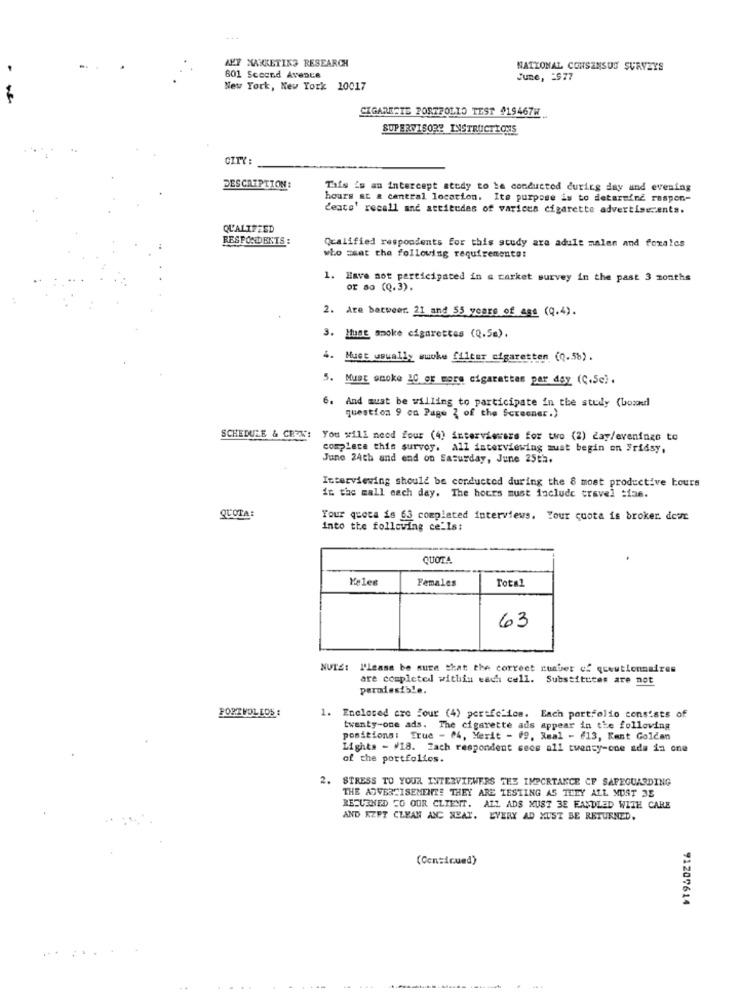
ALT MARKETING RESEARCH
.
NATIONAL CONSENSUS SURVEYS
601 Scecnd Avenue
June, 2977
New York, New York 10017
CIGARETTE PORTFOLIO TEST 419467H
SUPERVISORE INSTRUCTIONS
CITY:
DESCRIPTION:
Tais is an intercept study to be conducted during day and evening
hours at a central location. Its purpose is to determine respon-
¿eats' recall and attitudes of varices cigarette advertisecents.
QU'ALIFTED
RESPONDENTS:
Qualified respondents for this study are adult malen and forales
who saat the following requirements:
1. Have not participated in a carket survey in the past 3 months
or so (Q.3).
2. Are batweer. 21 and 55 years of ess (Q.4).
3. Hume smoke cigarettes (Q.5m).
4.
Must usually wwwhe filter cigaretten (0.5%).
5. Must smoke 20 or more cigarettes per day (C.5c).
6. And must be willing to participate in the study (Losedl
question 9 on Page { of the Screener.)
SCHEDULE & CRVX: You will need four (4) interviewers for two (2) day/evenings to
complete this survey. all interviewing must begin on Fridsy,
June 24th and end on Saturday, June 25th.
Interviewing should be conducted during the 8 most productive tours
in the mall each day. The hours must include travel tiae.
QUOTA:
Your quota is 63 completed interviews. Your cuota is broker. deur
into the following ce_Ist
QUOTA
Keles
Females
Total
63
NUTZ: l'lease be sure that the correct number of questionnaires
are completed within each cell. Substitutes are not
perodesible.
PORTVOL LOS :
. Enclosed ere Jour (4) pertfc ics. Each portfolio consists of
twenty-one ads. The cigarette ads appear in the following
positions: frue - M4, Merit - #9, Real - #13, Kent Goldan
Lights - #18. Zach respondent seos all twenty-one ade in one
of the portfolios.
2. STRESS TO YOUR INTERVIEWERS TES IMPORTANCE CF SAFEGUARDING
THE ADVERTISEMENT! THEY ARE TESTING AS ILLY ALL MUST 3E
RETURNED TO OUR CLIENT. ALL ADS XUST 3E EANDLED WITH CARE
AND KEPT CLEAN ANC NEAT. EVERY AD MUST BE RETURNED,
(Centicued)
91207614